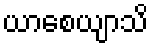
ယာစေယျာသိ